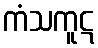
ကံသကူဋ